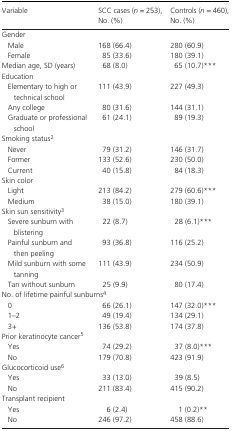
<table><thead><tr><td><b>Variable</b></td><td><b>SCC cases (<i>n </i>= 253),No. (%)</b></td><td><b>Controls (<i>n </i>= 460),No. (%)</b></td></tr></thead><tbody><tr><td colspan="3">Gender</td></tr><tr><td>Male</td><td>168 (66.4)</td><td>280 (60.9)</td></tr><tr><td>Female</td><td>85 (33.6)</td><td>180 (39.1)</td></tr><tr><td>Median age, SD (years)</td><td>68 (8.0)</td><td>65 (10.7)***</td></tr><tr><td colspan="3">Education</td></tr><tr><td>Elementary to high or technical school</td><td>111 (43.9)</td><td>227 (49.3)</td></tr><tr><td>Any college</td><td>80 (31.6)</td><td>144 (31.1)</td></tr><tr><td>Graduate or professional school</td><td>61 (24.1)</td><td>89 (19.3)</td></tr><tr><td colspan="3">Smoking statusb</td></tr><tr><td>Never</td><td>79 (31.2)</td><td>146 (31.7)</td></tr><tr><td>Former</td><td>133 (52.6)</td><td>230 (50.0)</td></tr><tr><td>Current</td><td>40 (15.8)</td><td>84 (18.3)</td></tr><tr><td colspan="3">Skin color</td></tr><tr><td>Light</td><td>213 (84.2)</td><td>279 (60.6)***</td></tr><tr><td>Medium</td><td>38 (15.0)</td><td>180 (39.1)</td></tr><tr><td colspan="3">Skin sun sensitivityc</td></tr><tr><td>Severe sunburn with blistering</td><td>22 (8.7)</td><td>28 (6.1)***</td></tr><tr><td>Painful sunburn and then peeling</td><td>93 (36.8)</td><td>116 (25.2)</td></tr><tr><td>Mild sunburn with some tanning</td><td>111 (43.9)</td><td>234 (50.9)</td></tr><tr><td>Tan without sunburn</td><td>25 (9.9)</td><td>80 (17.4)</td></tr><tr><td colspan="3">No. of lifetime painful sunburnsd</td></tr><tr><td>0</td><td>66 (26.1)</td><td>147 (32.0)***</td></tr><tr><td>1–2</td><td>49 (19.4)</td><td>134 (29.1)</td></tr><tr><td>3+</td><td>136 (53.8)</td><td>174 (37.8)</td></tr><tr><td colspan="3">Prior keratinocyte cancere</td></tr><tr><td>Yes</td><td>74 (29.2)</td><td>37 (8.0)***</td></tr><tr><td>No</td><td>179 (70.8)</td><td>423 (91.9)</td></tr><tr><td colspan="3">Glucocorticoid usef</td></tr><tr><td>Yes</td><td>33 (13.0)</td><td>39 (8.5)</td></tr><tr><td>No</td><td>211 (83.4)</td><td>415 (90.2)</td></tr><tr><td colspan="3">Transplant recipient</td></tr><tr><td>Yes</td><td>6 (2.4)</td><td>1 (0.2)**</td></tr><tr><td>No</td><td>246 (97.2)</td><td>458 (88.6)</td></tr></tbody></table>